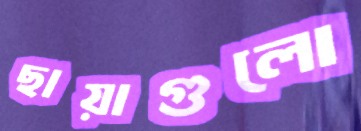
ছায়াগুলো